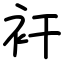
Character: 衦